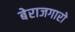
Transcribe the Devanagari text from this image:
बेराजगारो